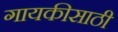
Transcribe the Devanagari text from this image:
गायकीसाठी